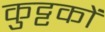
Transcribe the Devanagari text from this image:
कुट्टकों